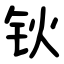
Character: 钬